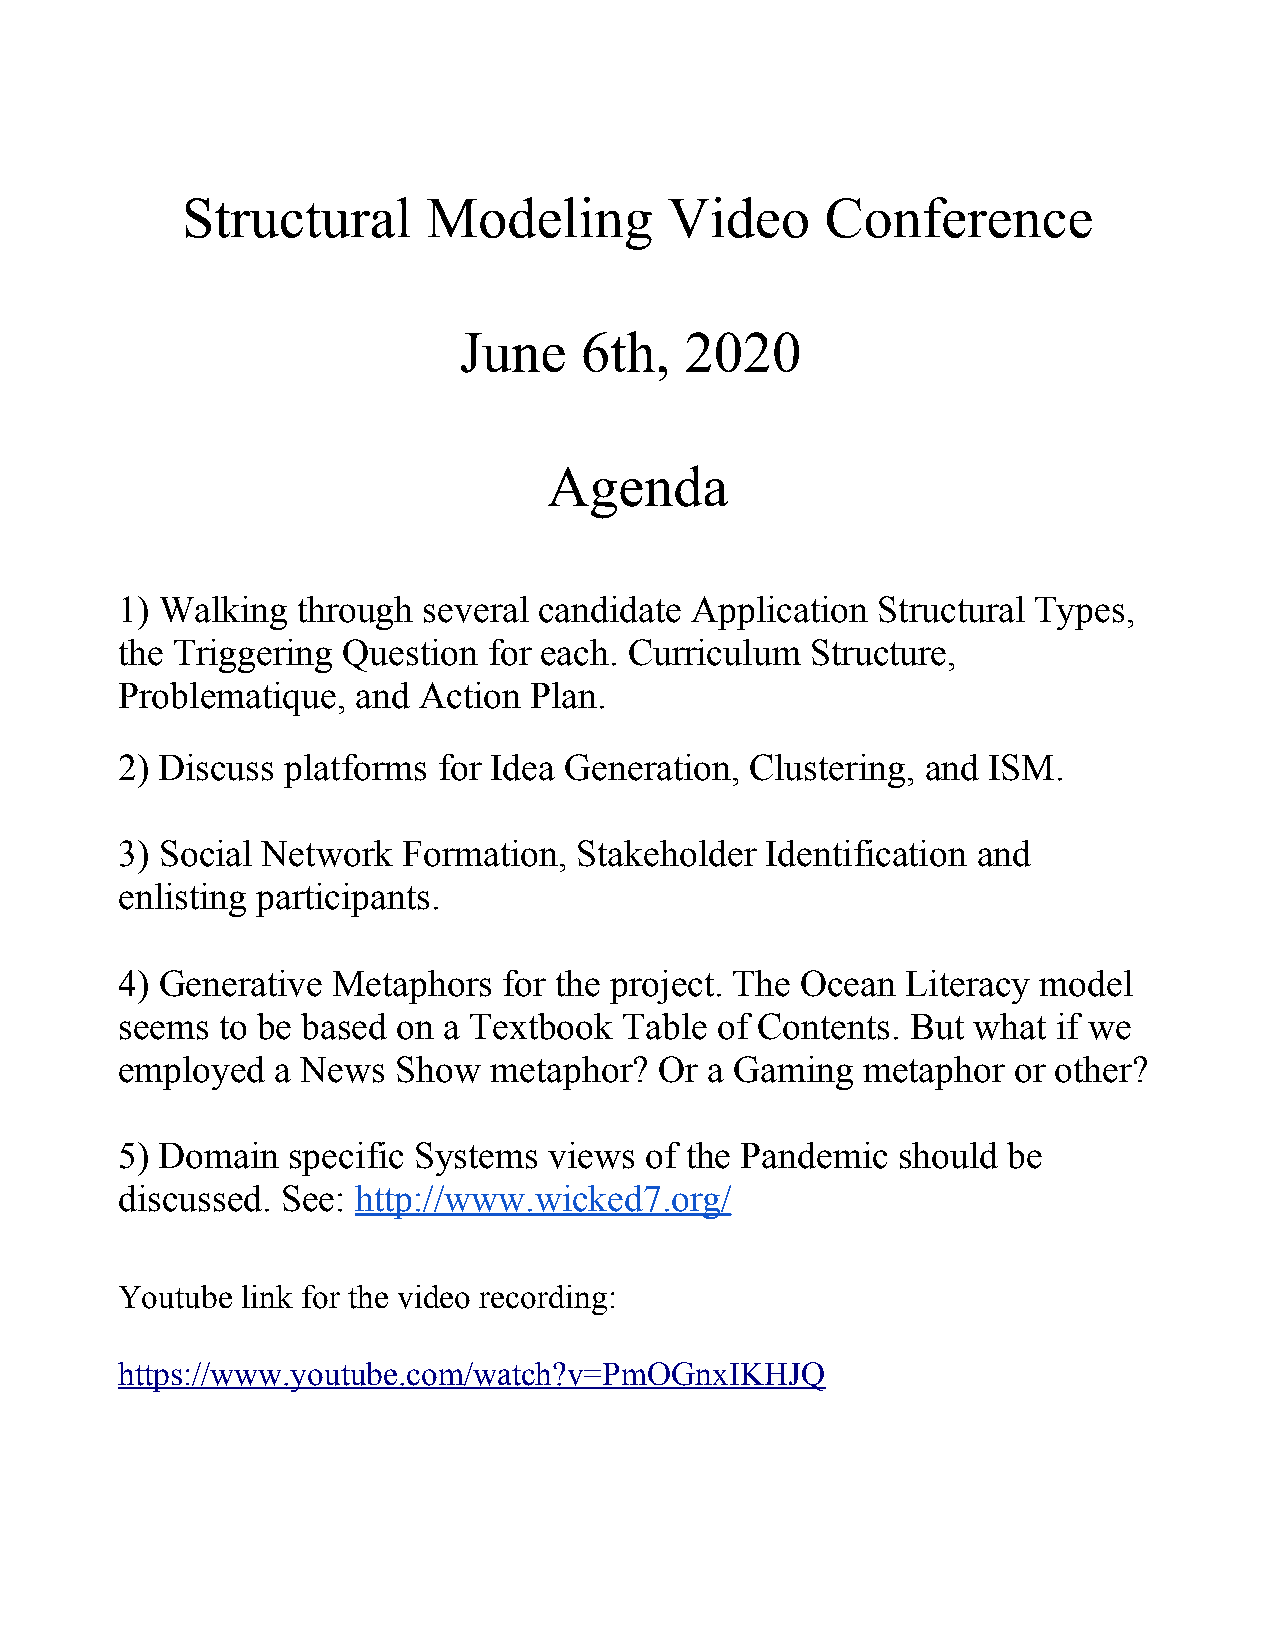
Structural      Modeling        Video      Conference
 June    6th,   2020
 Agenda
 1) Walking  through several candidate Application Structural Types,
 the Triggering Question for each. Curriculum  Structure,
 Problematique,  and Action Plan.
 2) Discuss platforms for Idea Generation, Clustering, and ISM.
 3) Social Network  Formation, Stakeholder  Identification and
 enlisting participants.
 4) Generative Metaphors  for the project. The Ocean Literacy model
 seems  to be based on a Textbook Table  of Contents. But what if we
 employed  a News  Show  metaphor?   Or a Gaming  metaphor  or other?
 5) Domain  specific Systems views  of the Pandemic should  be
 discussed. See: http://www.wicked7.org/
 Youtube link for the video recording:
 https://www.youtube.com/watch?v=PmOGnxIKHJQ